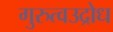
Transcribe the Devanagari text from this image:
गुरुत्वउद्रोध